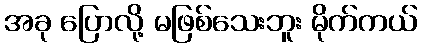
အခု ပြောလို့ မဖြစ်သေးဘူး မိုက်ကယ်